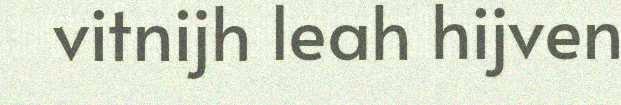
vitnijh leah hijven